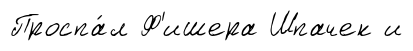
Проспа́л Ф'ишера Шпачек и